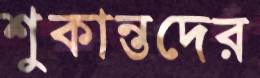
শুকান্তদের